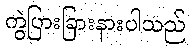
ကွဲပြားခြားနားပါသည်